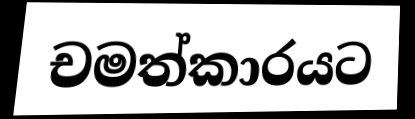
චමත්කාරයට